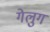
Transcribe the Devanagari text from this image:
गेलुग